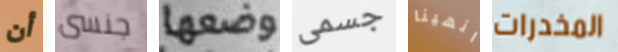
أن جنسى وضعها جسمى انهينا المخدرات